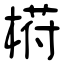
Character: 﨓